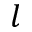
l